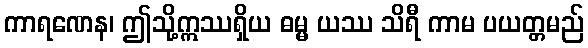
ကာရဏေန၊ ဤသို့ဣဿရှိယ ဓမ္မ ယဿ သိရီ ကာမ ပယတ္တမည်